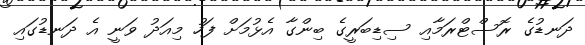
ދަނޑުގެ ރޮސްޓްރަމާއި ސިޑިބަރީގެ ބިންގާ އެޅުމަށް ފަހު މިއަދު ވަނީ އެ ދަނޑުގައި